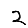
Digit: 2